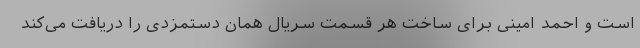
است و احمد امینی برای ساخت هر قسمت سریال همان دستمزدی را دریافت می‌کند